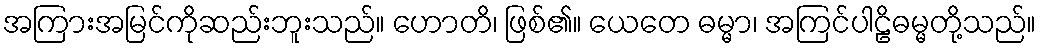
အကြားအမြင်ကိုဆည်းဘူးသည်။ ဟောတိ၊ ဖြစ်၏။ ယေတေ ဓမ္မာ၊ အကြင်ပါဠိဓမ္မတို့သည်။